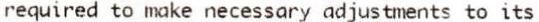
REQUIRED TO MAKE NECESSARY ADJUSTMENTS TO ITS